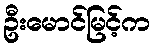
ဦးမောင်မြင့်က